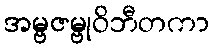
အမ္ဗဇမ္ဗုဝိဘီတကာ